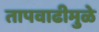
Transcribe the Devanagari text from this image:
तापवाढीमुळे